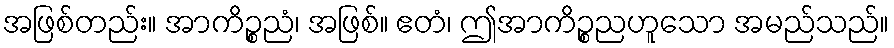
အဖြစ်တည်း။ အာကိဉ္စညံ၊ အဖြစ်။ ဧတံ၊ ဤအာကိဉ္စညဟူသော အမည်သည်။